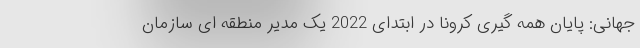
جهانی: پایان همه گیری کرونا در ابتدای 2022 یک مدیر منطقه ای سازمان